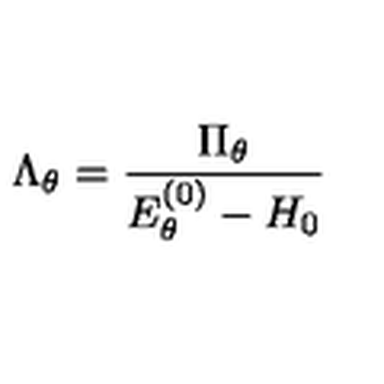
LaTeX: \Lambda _ { \theta } = \frac { \Pi _ { \theta } } { E _ { \theta } ^ { ( 0 ) } - H _ { 0 } }